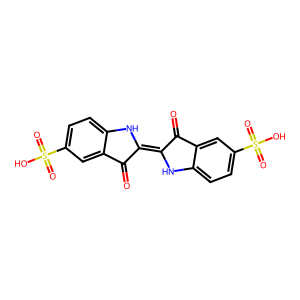
SMILES: O=C1C(=C2Nc3ccc(S(=O)(=O)O)cc3C2=O)Nc2ccc(S(=O)(=O)O)cc21
Inhibits HIV replication: No